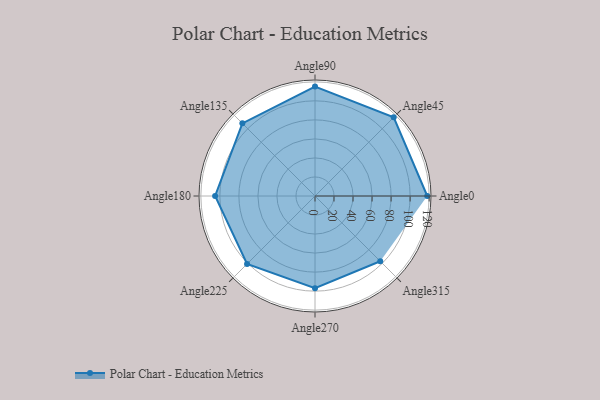
{"axis": {"x": "Angle", "y": "Radius"}, "legend": [""], "data": [{"x": "Angle0", "y": 118.0, "type": ""}, {"x": "Angle45", "y": 117.0, "type": ""}, {"x": "Angle90", "y": 115.0, "type": ""}, {"x": "Angle135", "y": 108.0, "type": ""}, {"x": "Angle180", "y": 105.0, "type": ""}, {"x": "Angle225", "y": 101.0, "type": ""}, {"x": "Angle270", "y": 97.0, "type": ""}, {"x": "Angle315", "y": 97.0, "type": ""}]}